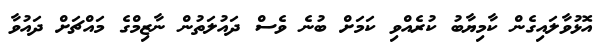
އޮޅުވާލައިގެން ކާމިޔާބު ކުރެއްވި ކަމަށް ބުނެ ވެސް ދައުލަތުން ނާޒިމްގެ މައްޗަށް ދައުވާ